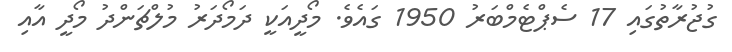
ގުޖުރާތުގައި 17 ސެޕްޓެމްބަރު 1950 ގައެވެ. މޯދީއަކީ ދަމޯދަރު މުލްޗަންދު މޯދީ އާއި